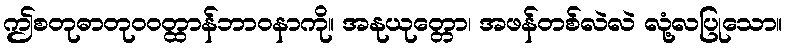
ဤစတုဓာတုဝဝတ္ထာန်ဘာဝနာကို။ အနုယုတ္တော၊ အဖန်တစ်လဲလဲ လုံ့လပြုသော။